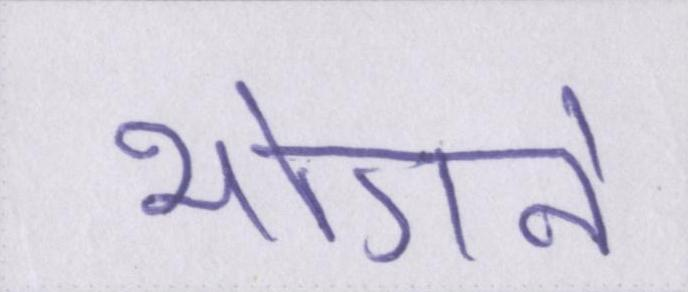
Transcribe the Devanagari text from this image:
भोगने